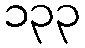
၁၃၃